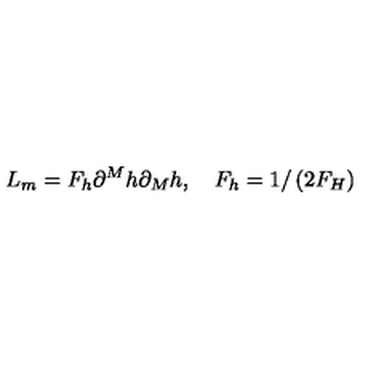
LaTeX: L _ { m } = F _ { h } \partial ^ { M } h \partial _ { M } h , \quad F _ { h } = 1 / \left( 2 F _ { H } \right)